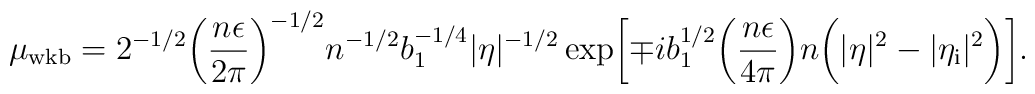
\mu _{\rm wkb}=2^{-1/2}\biggl( \frac{n\epsilon }{2\pi }\biggr)^{-1/2}n^{-1/2}b_1^{-1/4}\vert \eta \vert ^{-1/2} \exp \biggl[\mp ib_1^{1/2}\biggl(\frac{n\epsilon }{4\pi }\biggr)n\biggl(\vert \eta \vert ^2-\vert \eta _{\rm i}\vert ^2\biggr)\biggr].